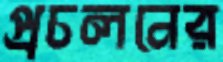
প্রচলনের